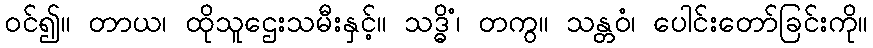
ဝင်၍။ တာယ၊ ထိုသူဌေးသမီးနှင့်။ သဒ္ဓိံ၊ တကွ။ သန္တဝံ၊ ပေါင်းတော်ခြင်းကို။